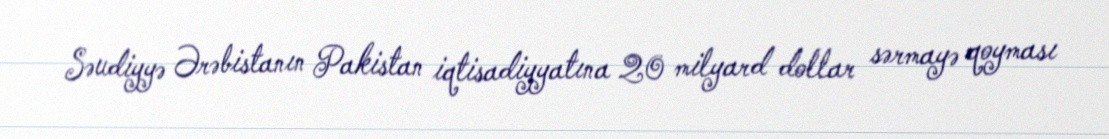
Səudiyyə Ərəbistanın Pakistan iqtisadiyyatına 20 milyard dollar sərmayə qoyması